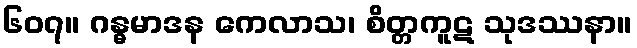
၆၀၇။ ဂန္ဓမာဒန ကေလာသ၊ စိတ္တကူဋ သုဒဿနာ။